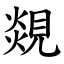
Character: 覢